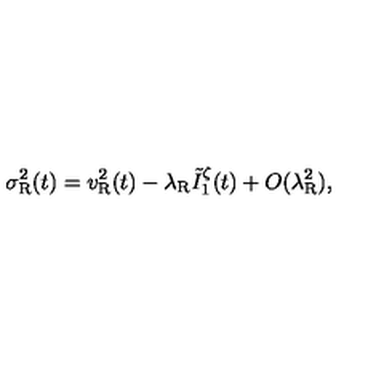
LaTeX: \sigma _ { \mathrm { R } } ^ { 2 } ( t ) = v _ { \mathrm { R } } ^ { 2 } ( t ) - \lambda _ { \mathrm { R } } \tilde { I } _ { 1 } ^ { \zeta } ( t ) + O ( \lambda _ { \mathrm { R } } ^ { 2 } ) ,